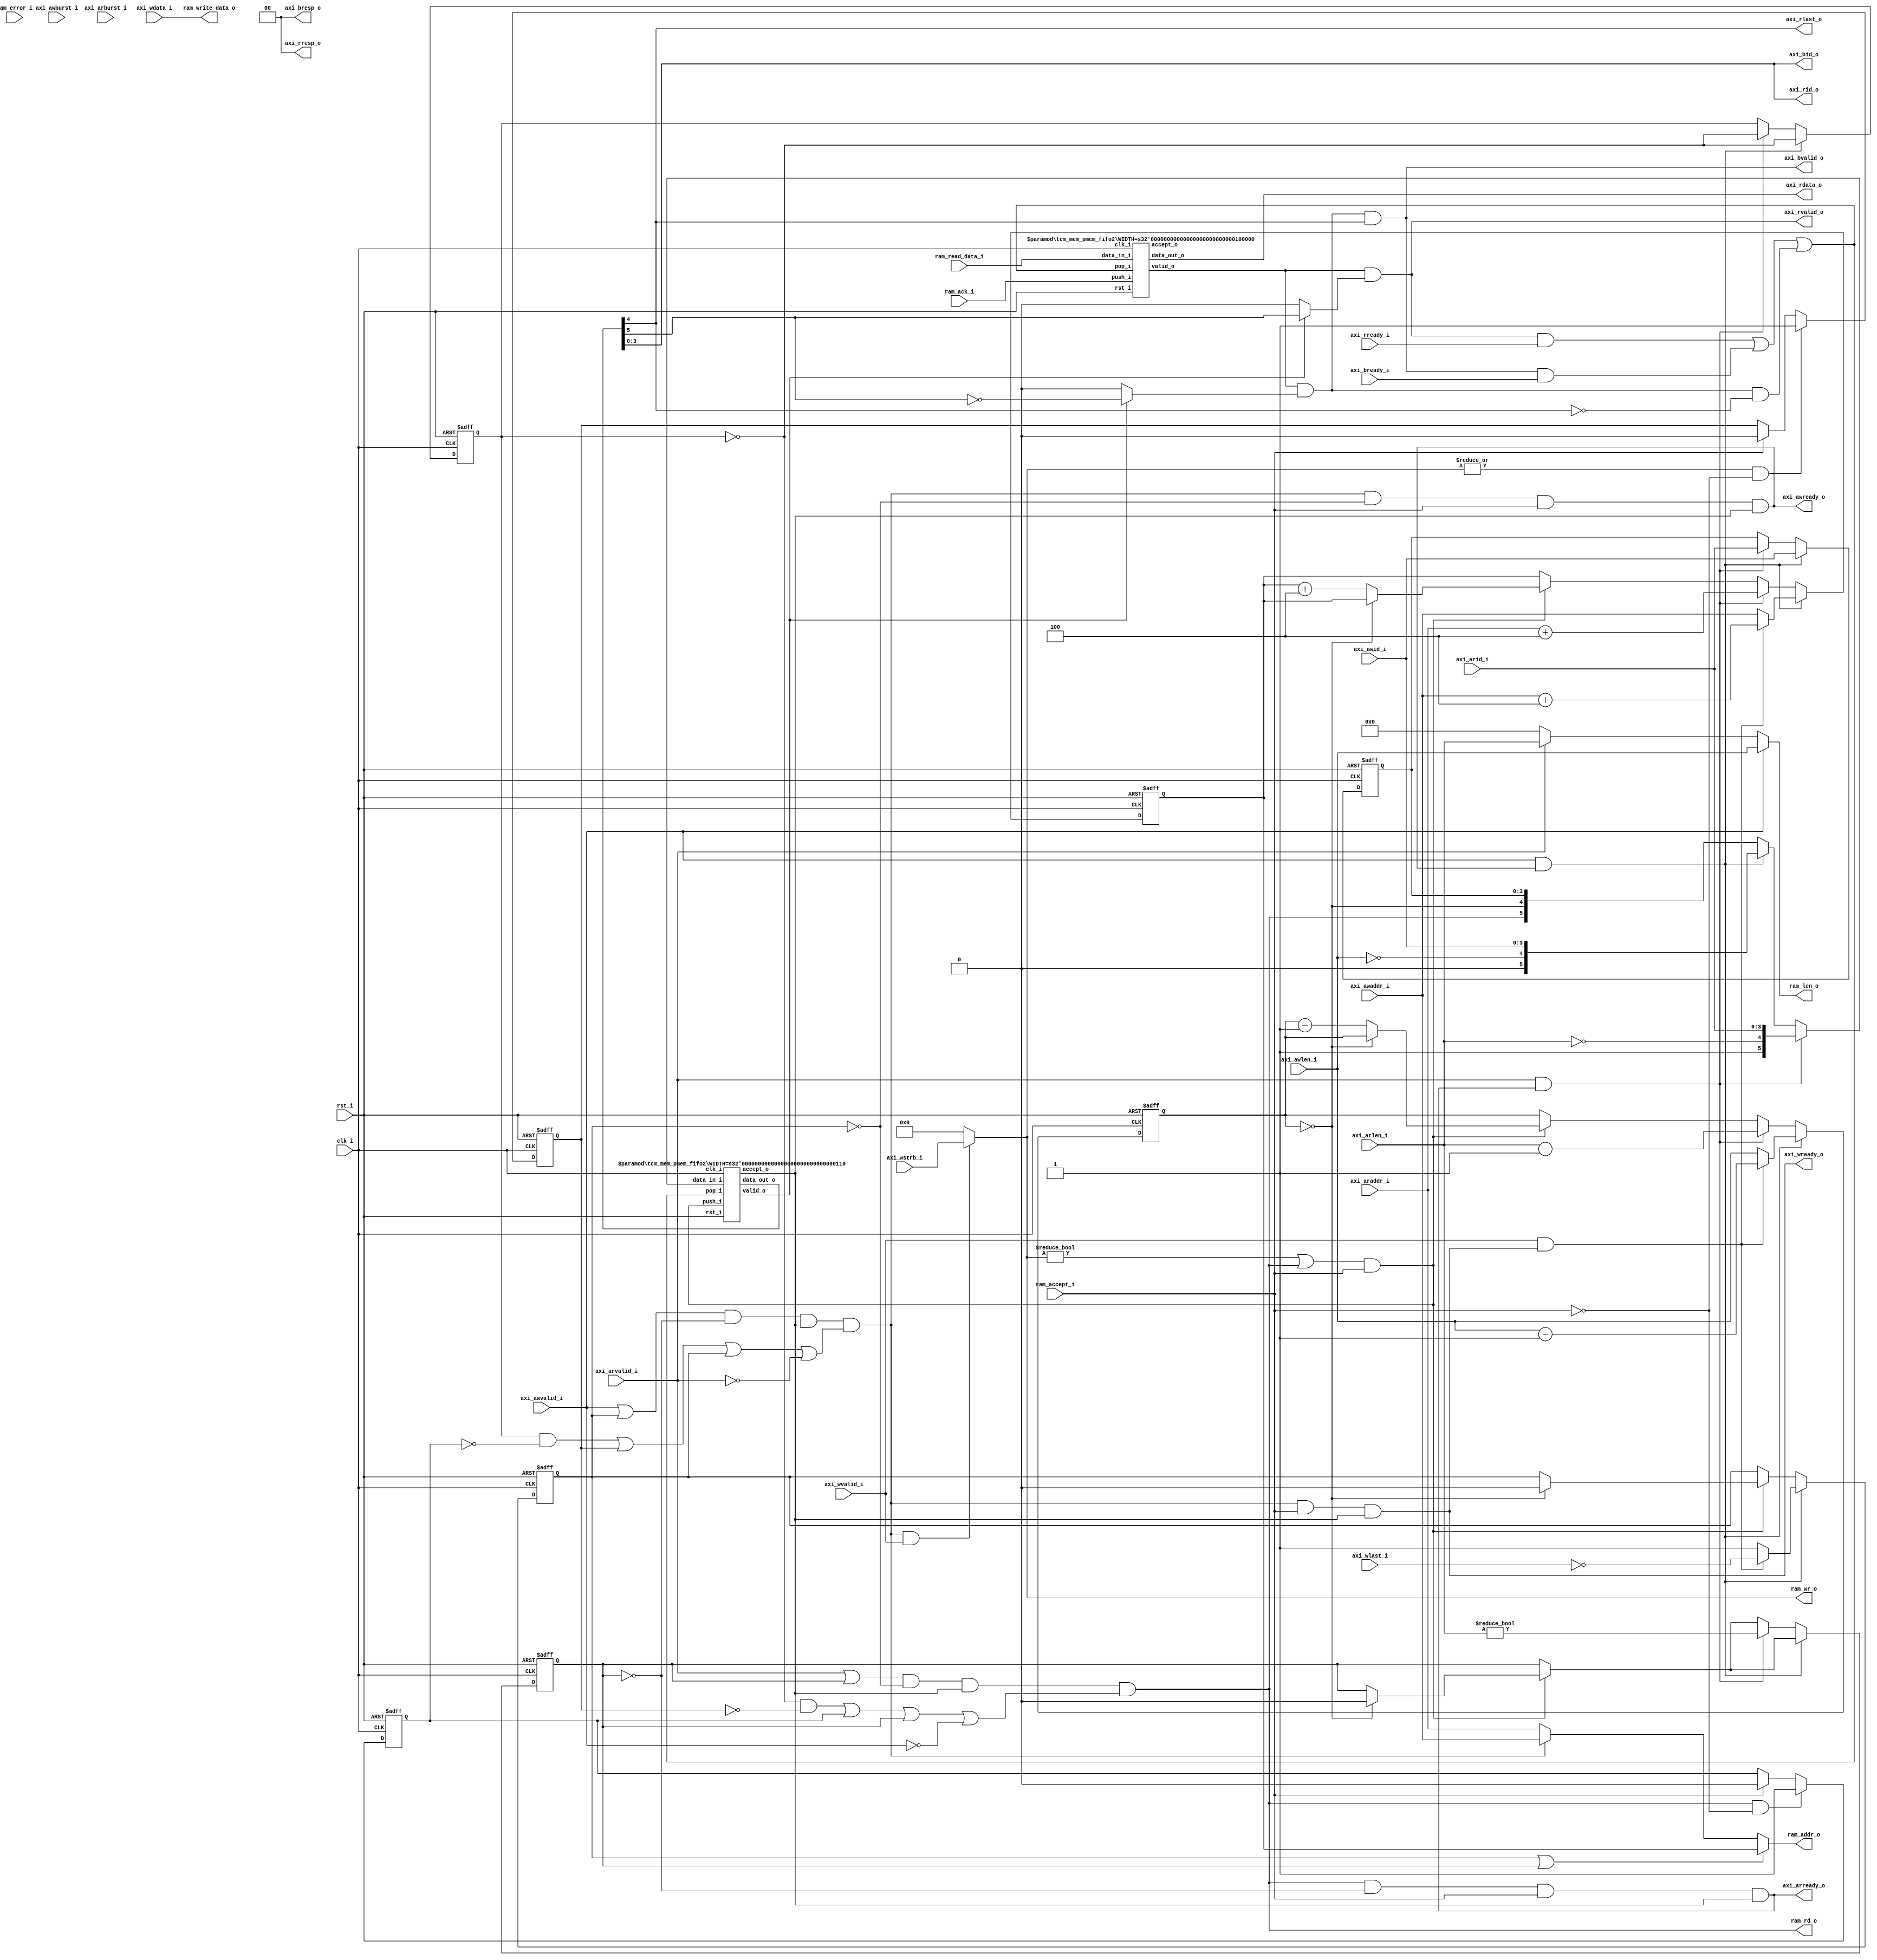
//-----------------------------------------------------------------
//                         RISC-V Top
//                            V0.6
//                     Ultra-Embedded.com
//                     Copyright 2014-2019
//
//                   admin@ultra-embedded.com
//
//                       License: BSD
//-----------------------------------------------------------------
//
// Copyright (c) 2014, Ultra-Embedded.com
// All rights reserved.
// 
// Redistribution and use in source and binary forms, with or without
// modification, are permitted provided that the following conditions 
// are met:
//   - Redistributions of source code must retain the above copyright
//     notice, this list of conditions and the following disclaimer.
//   - Redistributions in binary form must reproduce the above copyright
//     notice, this list of conditions and the following disclaimer 
//     in the documentation and/or other materials provided with the 
//     distribution.
//   - Neither the name of the author nor the names of its contributors 
//     may be used to endorse or promote products derived from this 
//     software without specific prior written permission.
// 
// THIS SOFTWARE IS PROVIDED BY THE COPYRIGHT HOLDERS AND CONTRIBUTORS 
// "AS IS" AND ANY EXPRESS OR IMPLIED WARRANTIES, INCLUDING, BUT NOT 
// LIMITED TO, THE IMPLIED WARRANTIES OF MERCHANTABILITY AND FITNESS FOR 
// A PARTICULAR PURPOSE ARE DISCLAIMED. IN NO EVENT SHALL THE AUTHOR BE 
// LIABLE FOR ANY DIRECT, INDIRECT, INCIDENTAL, SPECIAL, EXEMPLARY, OR 
// CONSEQUENTIAL DAMAGES (INCLUDING, BUT NOT LIMITED TO, PROCUREMENT OF 
// SUBSTITUTE GOODS OR SERVICES; LOSS OF USE, DATA, OR PROFITS; OR 
// BUSINESS INTERRUPTION) HOWEVER CAUSED AND ON ANY THEORY OF 
// LIABILITY, WHETHER IN CONTRACT, STRICT LIABILITY, OR TORT
// (INCLUDING NEGLIGENCE OR OTHERWISE) ARISING IN ANY WAY OUT OF 
// THE USE OF THIS SOFTWARE, EVEN IF ADVISED OF THE POSSIBILITY OF 
// SUCH DAMAGE.
//-----------------------------------------------------------------

//-----------------------------------------------------------------
//                          Generated File
//-----------------------------------------------------------------
module tcm_mem_pmem
(
    // Inputs
     input           clk_i
    ,input           rst_i
    ,input           axi_awvalid_i
    ,input  [ 31:0]  axi_awaddr_i
    ,input  [  3:0]  axi_awid_i
    ,input  [  7:0]  axi_awlen_i
    ,input  [  1:0]  axi_awburst_i
    ,input           axi_wvalid_i
    ,input  [ 31:0]  axi_wdata_i
    ,input  [  3:0]  axi_wstrb_i
    ,input           axi_wlast_i
    ,input           axi_bready_i
    ,input           axi_arvalid_i
    ,input  [ 31:0]  axi_araddr_i
    ,input  [  3:0]  axi_arid_i
    ,input  [  7:0]  axi_arlen_i
    ,input  [  1:0]  axi_arburst_i
    ,input           axi_rready_i
    ,input           ram_accept_i
    ,input           ram_ack_i
    ,input           ram_error_i
    ,input  [ 31:0]  ram_read_data_i

    // Outputs
    ,output          axi_awready_o
    ,output          axi_wready_o
    ,output          axi_bvalid_o
    ,output [  1:0]  axi_bresp_o
    ,output [  3:0]  axi_bid_o
    ,output          axi_arready_o
    ,output          axi_rvalid_o
    ,output [ 31:0]  axi_rdata_o
    ,output [  1:0]  axi_rresp_o
    ,output [  3:0]  axi_rid_o
    ,output          axi_rlast_o
    ,output [  3:0]  ram_wr_o
    ,output          ram_rd_o
    ,output [  7:0]  ram_len_o
    ,output [ 31:0]  ram_addr_o
    ,output [ 31:0]  ram_write_data_o
);



//-------------------------------------------------------------
// calculate_addr_next
//-------------------------------------------------------------
function [31:0] calculate_addr_next;
    input [31:0] addr;
    input [1:0]  axtype;
    input [7:0]  axlen;

    reg [31:0]   mask;
begin
    mask = 0;

    case (axtype)
`ifdef SUPPORT_FIXED_BURST
    2'd0: // AXI4_BURST_FIXED
    begin
        calculate_addr_next = addr;
    end
`endif
`ifdef SUPPORT_WRAP_BURST
    2'd2: // AXI4_BURST_WRAP
    begin
        case (axlen)
        8'd0:      mask = 32'h03;
        8'd1:      mask = 32'h07;
        8'd3:      mask = 32'h0F;
        8'd7:      mask = 32'h1F;
        8'd15:     mask = 32'h3F;
        default:   mask = 32'h3F;
        endcase

        calculate_addr_next = (addr & ~mask) | ((addr + 4) & mask);
    end
`endif
    default: // AXI4_BURST_INCR
        calculate_addr_next = addr + 4;
    endcase
end
endfunction

//-----------------------------------------------------------------
// Registers / Wires
//-----------------------------------------------------------------
reg [7:0]   req_len_q;
reg [31:0]  req_addr_q;
reg         req_rd_q;
reg         req_wr_q;
reg [3:0]   req_id_q;
reg [1:0]   req_axburst_q;
reg [7:0]   req_axlen_q;
reg         req_prio_q;
reg         req_hold_rd_q;
reg         req_hold_wr_q;

wire        req_fifo_accept_w;

//-----------------------------------------------------------------
// Sequential
//-----------------------------------------------------------------
always @ (posedge clk_i or posedge rst_i)
if (rst_i)
begin
    req_len_q     <= 8'b0;
    req_addr_q    <= 32'b0;
    req_wr_q      <= 1'b0;
    req_rd_q      <= 1'b0;
    req_id_q      <= 4'b0;
    req_axburst_q <= 2'b0;
    req_axlen_q   <= 8'b0;
    req_prio_q    <= 1'b0;
end
else
begin
    // Burst continuation
    if ((ram_wr_o != 4'b0 || ram_rd_o) && ram_accept_i)
    begin
        if (req_len_q == 8'd0)
        begin
            req_rd_q   <= 1'b0;
            req_wr_q   <= 1'b0;
        end
        else
        begin
            req_addr_q <= calculate_addr_next(req_addr_q, req_axburst_q, req_axlen_q);
            req_len_q  <= req_len_q - 8'd1;
        end
    end

    // Write command accepted
    if (axi_awvalid_i && axi_awready_o)
    begin
        // Data ready?
        if (axi_wvalid_i && axi_wready_o)
        begin
            req_wr_q      <= !axi_wlast_i;
            req_len_q     <= axi_awlen_i - 8'd1;
            req_id_q      <= axi_awid_i;
            req_axburst_q <= axi_awburst_i;
            req_axlen_q   <= axi_awlen_i;
            req_addr_q    <= calculate_addr_next(axi_awaddr_i, axi_awburst_i, axi_awlen_i);
        end
        // Data not ready
        else
        begin
            req_wr_q      <= 1'b1;
            req_len_q     <= axi_awlen_i;
            req_id_q      <= axi_awid_i;
            req_axburst_q <= axi_awburst_i;
            req_axlen_q   <= axi_awlen_i;
            req_addr_q    <= axi_awaddr_i;
        end
        req_prio_q    <= !req_prio_q;
    end
    // Read command accepted
    else if (axi_arvalid_i && axi_arready_o)
    begin
        req_rd_q      <= (axi_arlen_i != 0);
        req_len_q     <= axi_arlen_i - 8'd1;
        req_addr_q    <= calculate_addr_next(axi_araddr_i, axi_arburst_i, axi_arlen_i);
        req_id_q      <= axi_arid_i;
        req_axburst_q <= axi_arburst_i;
        req_axlen_q   <= axi_arlen_i;
        req_prio_q    <= !req_prio_q;
    end
end

always @ (posedge clk_i or posedge rst_i)
if (rst_i)
begin
    req_hold_rd_q   <= 1'b0;
    req_hold_wr_q   <= 1'b0;
end
else
begin
    if (ram_rd_o && !ram_accept_i)
        req_hold_rd_q   <= 1'b1;
    else if (ram_accept_i)
        req_hold_rd_q   <= 1'b0;

    if ((|ram_wr_o) && !ram_accept_i)
        req_hold_wr_q   <= 1'b1;
    else if (ram_accept_i)
        req_hold_wr_q   <= 1'b0;
end

//-----------------------------------------------------------------
// Request tracking
//-----------------------------------------------------------------
wire       req_push_w = (ram_rd_o || (ram_wr_o != 4'b0)) && ram_accept_i;
reg [5:0]  req_in_r;

wire       req_out_valid_w;
wire [5:0] req_out_w;
wire       resp_accept_w;


always @ *
begin
    req_in_r = 6'b0;

    // First cycle of read burst
    if (axi_arvalid_i && axi_arready_o)
        req_in_r = {1'b1, (axi_arlen_i == 8'd0), axi_arid_i};
    // First cycle of write burst
    else if (axi_awvalid_i && axi_awready_o)
        req_in_r = {1'b0, (axi_awlen_i == 8'd0), axi_awid_i};
    // In burst
    else
        req_in_r = {ram_rd_o, (req_len_q == 8'd0), req_id_q};
end

tcm_mem_pmem_fifo2
#( .WIDTH(1 + 1 + 4) )
u_requests
(
    .clk_i(clk_i),
    .rst_i(rst_i),

    // Input
    .data_in_i(req_in_r),
    .push_i(req_push_w),
    .accept_o(req_fifo_accept_w),

    // Output
    .pop_i(resp_accept_w),
    .data_out_o(req_out_w),
    .valid_o(req_out_valid_w)
);

wire resp_is_write_w = req_out_valid_w ? ~req_out_w[5] : 1'b0;
wire resp_is_read_w  = req_out_valid_w ? req_out_w[5]  : 1'b0;
wire resp_is_last_w  = req_out_w[4];
wire [3:0] resp_id_w = req_out_w[3:0];

//-----------------------------------------------------------------
// Response buffering
//-----------------------------------------------------------------
wire resp_valid_w;

tcm_mem_pmem_fifo2
#( .WIDTH(32) )
u_response
(
    .clk_i(clk_i),
    .rst_i(rst_i),

    // Input
    .data_in_i(ram_read_data_i),
    .push_i(ram_ack_i),
    .accept_o(),

    // Output
    .pop_i(resp_accept_w),
    .data_out_o(axi_rdata_o),
    .valid_o(resp_valid_w)
);

//-----------------------------------------------------------------
// RAM Request
//-----------------------------------------------------------------

// Round robin priority between read and write
wire write_prio_w   = ((req_prio_q  & !req_hold_rd_q) | req_hold_wr_q);
wire read_prio_w    = ((!req_prio_q & !req_hold_wr_q) | req_hold_rd_q);

wire write_active_w  = (axi_awvalid_i || req_wr_q) && !req_rd_q && req_fifo_accept_w && (write_prio_w || req_wr_q || !axi_arvalid_i);
wire read_active_w   = (axi_arvalid_i || req_rd_q) && !req_wr_q && req_fifo_accept_w && (read_prio_w || req_rd_q || !axi_awvalid_i);

assign axi_awready_o = write_active_w && !req_wr_q && ram_accept_i && req_fifo_accept_w;
assign axi_wready_o  = write_active_w &&              ram_accept_i && req_fifo_accept_w;
assign axi_arready_o = read_active_w  && !req_rd_q && ram_accept_i && req_fifo_accept_w;

wire [31:0] addr_w   = ((req_wr_q || req_rd_q) ? req_addr_q:
                        write_active_w ? axi_awaddr_i : axi_araddr_i);

wire wr_w    = write_active_w && axi_wvalid_i;
wire rd_w    = read_active_w;

// RAM if
assign ram_addr_o       = addr_w;
assign ram_write_data_o = axi_wdata_i;
assign ram_rd_o         = rd_w;
assign ram_wr_o         = wr_w ? axi_wstrb_i : 4'b0;
assign ram_len_o        = axi_awvalid_i ? axi_awlen_i:
                          axi_arvalid_i ? axi_arlen_i : 8'b0;

//-----------------------------------------------------------------
// Response
//-----------------------------------------------------------------
assign axi_bvalid_o  = resp_valid_w & resp_is_write_w & resp_is_last_w;
assign axi_bresp_o   = 2'b0;
assign axi_bid_o     = resp_id_w;

assign axi_rvalid_o  = resp_valid_w & resp_is_read_w;
assign axi_rresp_o   = 2'b0;
assign axi_rid_o     = resp_id_w;
assign axi_rlast_o   = resp_is_last_w;

assign resp_accept_w    = (axi_rvalid_o & axi_rready_i) | 
                          (axi_bvalid_o & axi_bready_i) |
                          (resp_valid_w & resp_is_write_w & !resp_is_last_w); // Ignore write resps mid burst

endmodule

//-----------------------------------------------------------------
// FIFO
//-----------------------------------------------------------------
module tcm_mem_pmem_fifo2

//-----------------------------------------------------------------
// Params
//-----------------------------------------------------------------
#(
    parameter WIDTH   = 8,
    parameter DEPTH   = 4,
    parameter ADDR_W  = 2
)
//-----------------------------------------------------------------
// Ports
//-----------------------------------------------------------------
(
    // Inputs
     input               clk_i
    ,input               rst_i
    ,input  [WIDTH-1:0]  data_in_i
    ,input               push_i
    ,input               pop_i

    // Outputs
    ,output [WIDTH-1:0]  data_out_o
    ,output              accept_o
    ,output              valid_o
);

//-----------------------------------------------------------------
// Local Params
//-----------------------------------------------------------------
localparam COUNT_W = ADDR_W + 1;

//-----------------------------------------------------------------
// Registers
//-----------------------------------------------------------------
reg [WIDTH-1:0]         ram [DEPTH-1:0];
reg [ADDR_W-1:0]        rd_ptr;
reg [ADDR_W-1:0]        wr_ptr;
reg [COUNT_W-1:0]       count;

//-----------------------------------------------------------------
// Sequential
//-----------------------------------------------------------------
always @ (posedge clk_i or posedge rst_i)
if (rst_i)
begin
    count   <= {(COUNT_W) {1'b0}};
    rd_ptr  <= {(ADDR_W) {1'b0}};
    wr_ptr  <= {(ADDR_W) {1'b0}};
end
else
begin
    // Push
    if (push_i & accept_o)
    begin
        ram[wr_ptr] <= data_in_i;
        wr_ptr      <= wr_ptr + 1;
    end

    // Pop
    if (pop_i & valid_o)
        rd_ptr      <= rd_ptr + 1;

    // Count up
    if ((push_i & accept_o) & ~(pop_i & valid_o))
        count <= count + 1;
    // Count down
    else if (~(push_i & accept_o) & (pop_i & valid_o))
        count <= count - 1;
end

//-------------------------------------------------------------------
// Combinatorial
//-------------------------------------------------------------------
/* verilator lint_off WIDTH */
assign accept_o   = (count != DEPTH);
assign valid_o    = (count != 0);
/* verilator lint_on WIDTH */

assign data_out_o = ram[rd_ptr];



endmodule